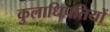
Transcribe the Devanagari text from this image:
कुलाधिपतियों